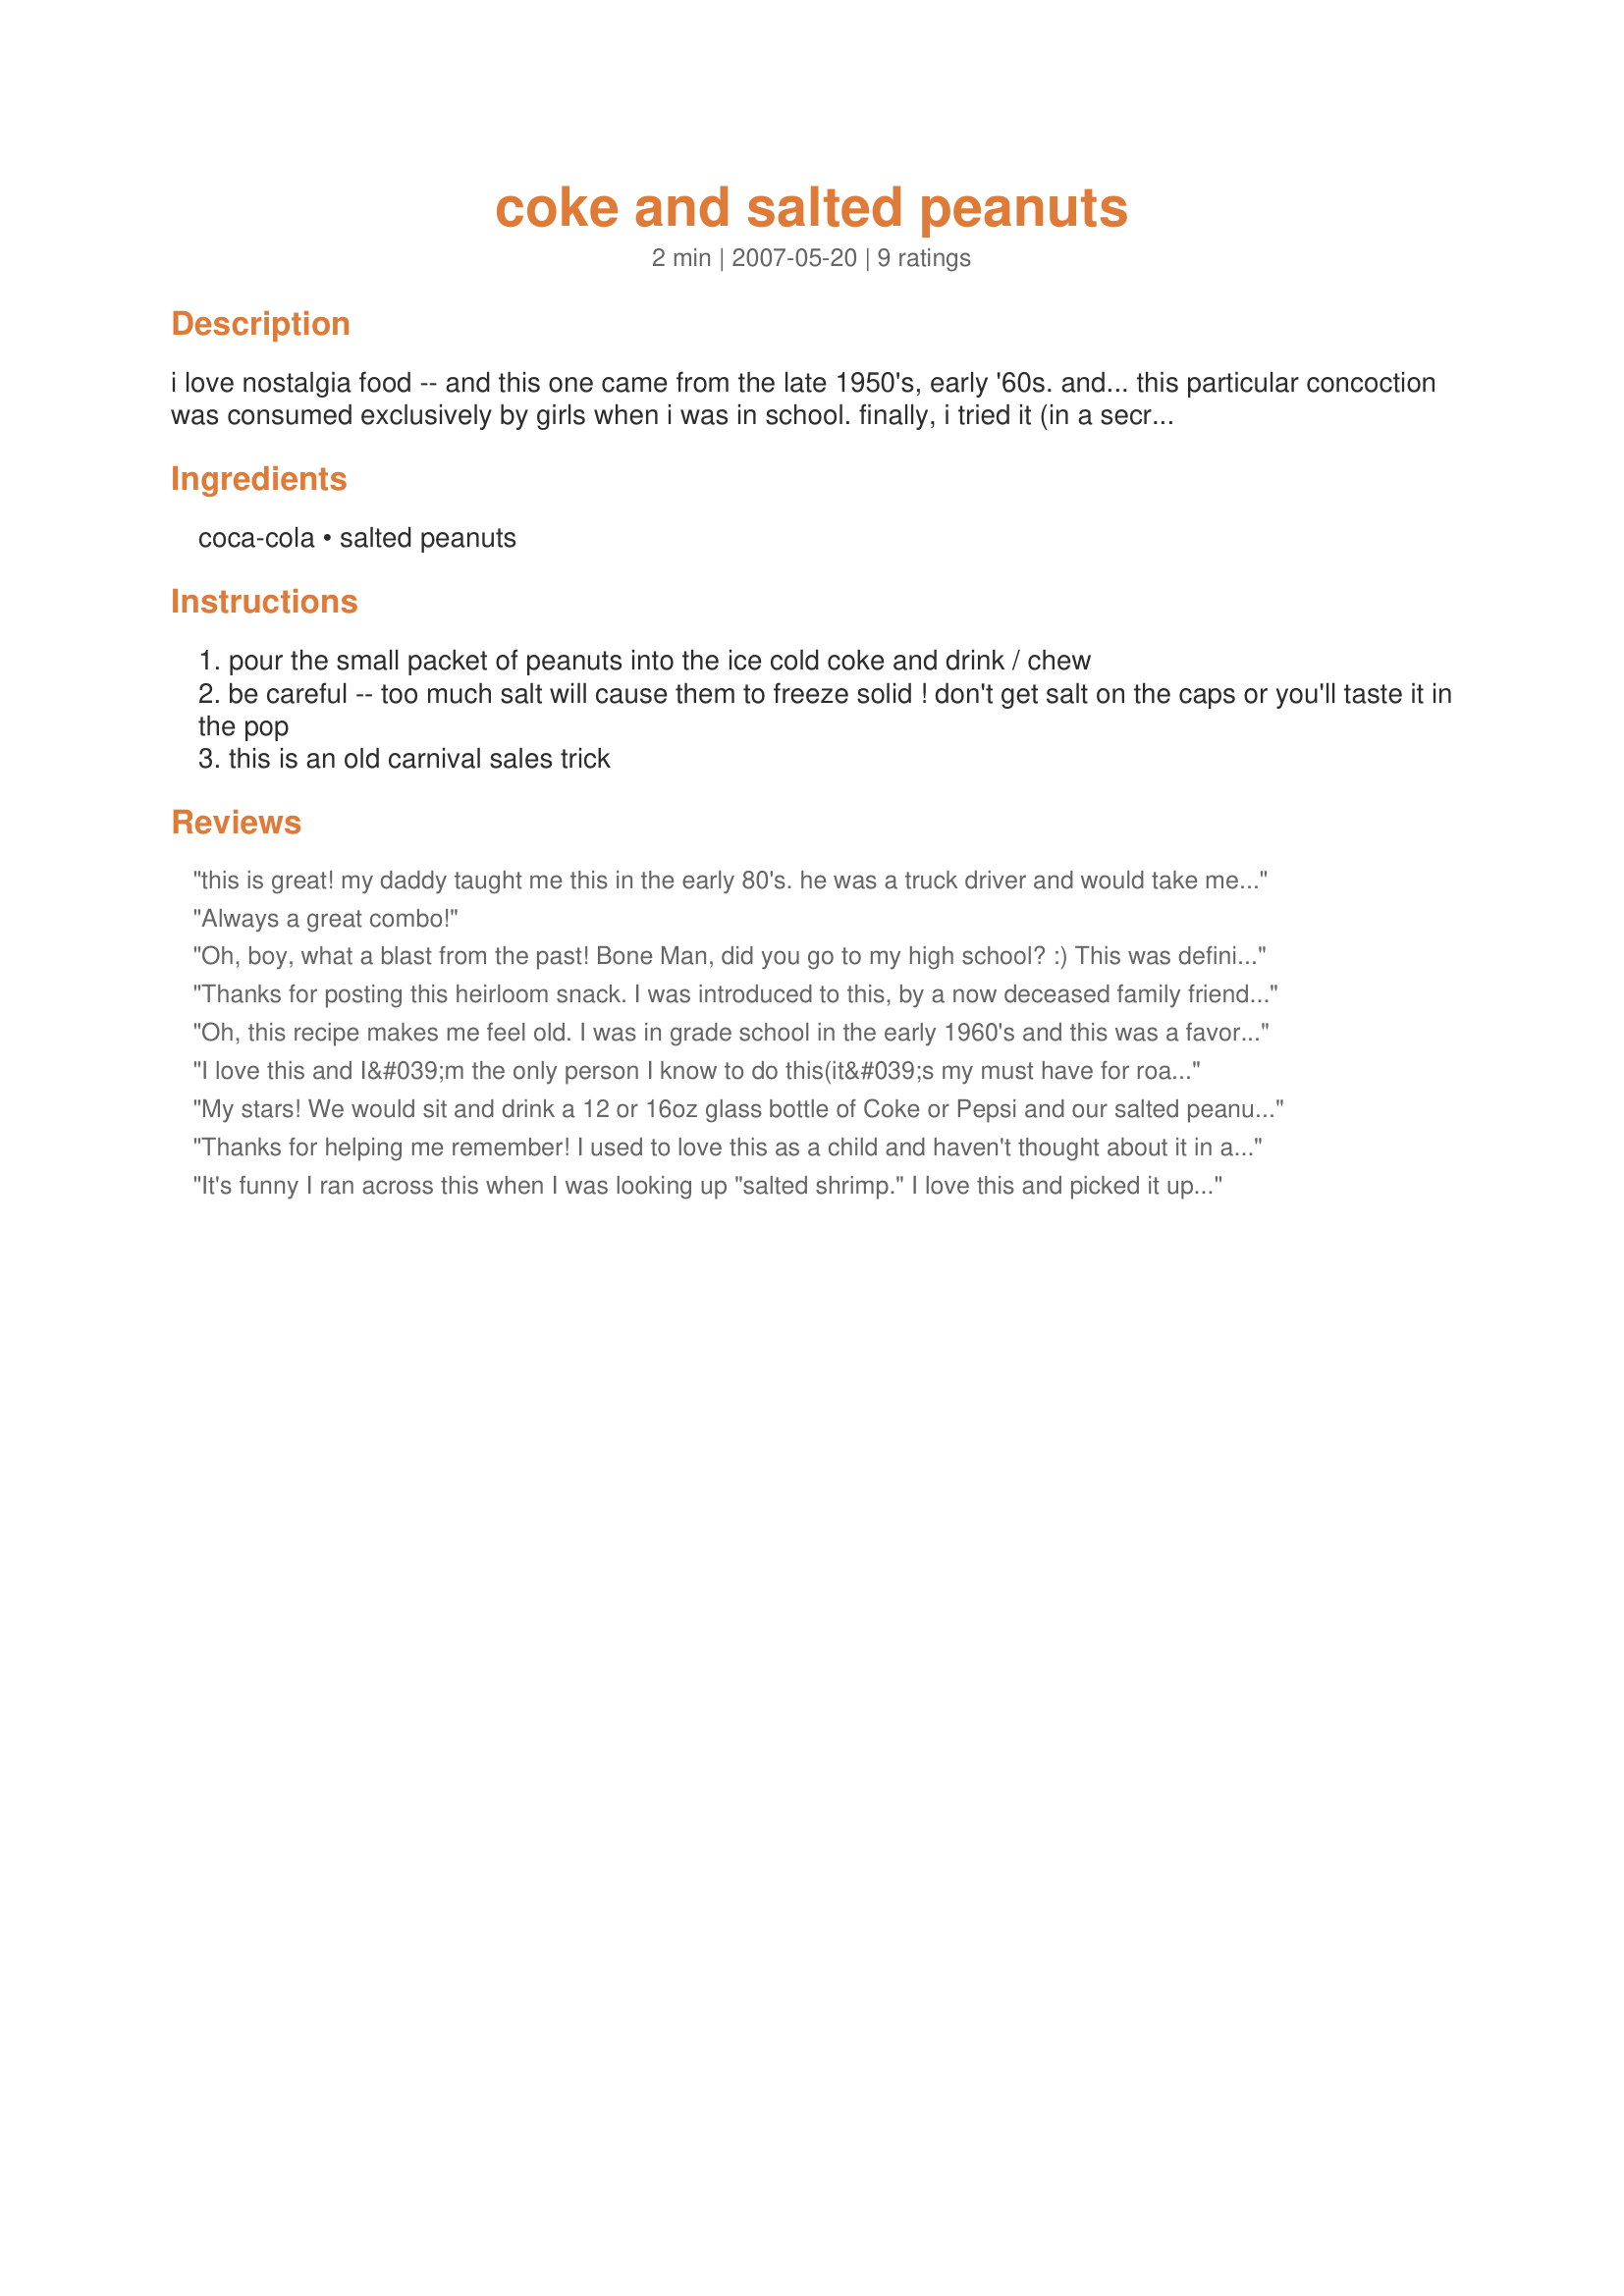
coke and salted peanuts
Preparation time: 2 minutes

i love nostalgia food -- and this one came from the late 1950's, early '60s. and... this particular concoction was consumed exclusively by girls when i was in school. finally, i tried it (in a secret place where no one would see me!) and it was fantastic! in those days, they had the little 6-ounce cokes in glass bottles. now, i think the "new" (copycat) little coke bottles are 7-ounces but that will work just fine. the second ingredient, a small pack of salted peanuts, is easy enough to obtain. the girls at my school always bought "tom's" brand from the vending machine but that was probably a local thing. i told my daughter about this when she was in high school (the '90s) and she started the trend all over again because she and her girlfriends all loved it! be careful not to choke when you try this! *.*

Ingredients:
coca-cola, salted peanuts

Steps:
pour the small packet of peanuts into the ice cold coke and drink / chew
be careful -- too much salt will cause them to freeze solid ! don't get salt on the caps or you'll taste it in the pop
this is an old carnival sales trick

Reviews:
this is great! my daddy taught me this in the early 80's. he was a truck driver and would take me w/ him on short trips--we would have this treat every time. thank you for posting this it has brought back wonderful memories!
Always a great combo!
Oh, boy, what a blast from the past! Bone Man, did you go to my high school? :) This was definitely a *girl* thing with us, too, and only Tom's peanuts would do!

Can't believe I'd forgotten... Thanks for the wonderful trip down Memory Lane.

highcotton, Class of '63
Thanks for posting this heirloom snack.
I was introduced to this,
by a now deceased family friend, back in the early 1970s.
He grew up in rural Texas in the 1930s, and I'm reminded of him,and his contribution to the S.F.bay areas infrastucture,
as he was one of many
who shed blood, sweat
and tears constructing the "Transbay tube"
While visiting his home,
with my family, he told
of this oldtime favorite,
he saw that I was eager to try this concoction,
and dispatched another visitor to the local liquor store, to assemble the necessary
ingredients; cola of any sort and salted shelled peanuts.
I prefer this now as an adult more than as a child.
And Bone Man your recipe is identical to that of our friend's,
but I've found it more enjoyable to pour the cola in a cup, and then add the peanuts, that way I can control the amount of peanut/cola
with each sip, and not end up without any stray peanuts to be apprehended from
sides of the bottle, in addition; I have a big mouth and appetite,
so better accomodates both.
I should add that my religion discourages the consumption of caffinated beverages, however, I had a craving, and was feeling nostagic...so I had one.
It's been years, since doing so.
While drinking this I googled Coca Cola w/peanuts, to see what
anyone had to say about this combination, and
here we are.

Thanks Bone Man
Oh, this recipe makes me feel old. I was in grade school in the early 1960's and this was a favorite treat of my younger brother ( he still has one now and then) and I. We liked to watch it foam up when we put the peanuts in. We used Tom's brand peanuts too since that was the only brand our neighborhood store sold.
I have a coke cooling now. I am going to try the rock salt trick later.
Thanks Bone Man for a hasppy trip back to the past.

Bullwinkle
I love this and I&#039;m the only person I know to do this(it&#039;s my must have for road trips, special treat). Once after requesting it on a plane, the attendant had to comment,she laughed and remembered it from her childhood! You just can&#039;t be in a bad mood when you have an icy Coke and peanuts in your hand!
My stars! We would sit and drink a 
12 or 16oz glass bottle of Coke or Pepsi and our salted peanuts. The secret to not choking is use a straw for the pop and shake the peanuts out in a dish after they have soaked some. Sometimes we would then order some ice cream and pour the soaked peanuts and some Coke over the ice cream. Yummm!. This really doesn't date me. Brings back sweet memories.
I still serve vanilla ice cream with salted peanuts on top and a side of Coke or Root Beer.
Thanks for helping me remember! I used to love this as a child and haven't thought about it in ages. I actually did this in the late 40's. Another thing we used to do was put a hole through the cap of the coca cola bottle and sip through that (not with peanuts, of course). Memories of the good old days are like sunshine on a cold day.
It's funny I ran across this when I was looking up "salted shrimp." I love this and picked it up when I was in college in OK, 1984... but I have switched the soda to Diet Mountain Dew and even love it more! I drink/eat this while I'm at work. My co-workers think I'm weird, so I printed this out and gave it to them to try! Thanks for giving me proof, I'm not the only one who likes this!
